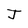
Character: J